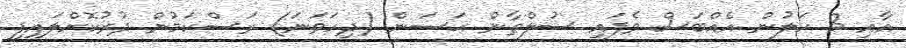
އާއި 3 ކަލުން އެއްބަސް ވެފައި ސުލްޠާން ޙަސަން (ދިހަވަނަ) ރަސްކަމުން ދުރުކޮށްލައިފި